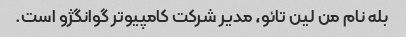
بله نام من لین تائو، مدیر شرکت کامپیوتر گوانگژو است.